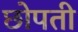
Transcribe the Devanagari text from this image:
छोपती